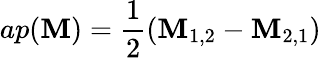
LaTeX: ap({\mathbf M})=\frac{1}{2}({\mathbf M}_{1,2}-{\mathbf M}_{2,1})